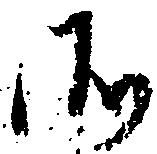
そ